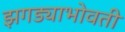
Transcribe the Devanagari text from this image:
झगड्याभोवती